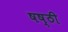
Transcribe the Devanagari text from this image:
षष्‍ठी